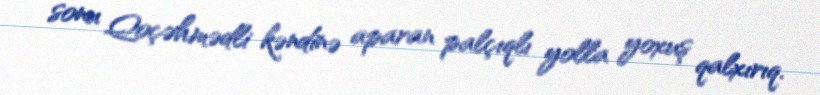
sonu Qoçəhmədli kəndinə aparan palçıqlı yolla yoxuş qalxırıq.